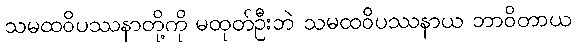
သမထဝိပဿနာတို့ကို မထုတ်ဦးဘဲ သမထဝိပဿနာယ ဘာဝိတာယ